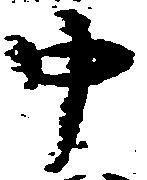
中